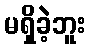
မရှိခဲ့ဘူး